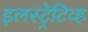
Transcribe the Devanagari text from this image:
इलस्ट्रेटिव्ह